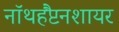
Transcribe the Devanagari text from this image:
नॉथहैंप्टनशायर